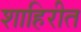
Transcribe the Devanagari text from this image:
शाहिरीत